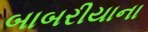
બાબરીયાના